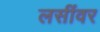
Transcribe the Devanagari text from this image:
लसींवर